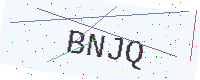
Text: BNJQ